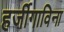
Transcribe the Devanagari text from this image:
हर्जीगाविना